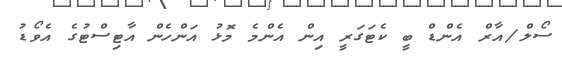
ސޯލް/އާރް އެންޑް ބީ ކެޓަގަރީ އިން އެންމެ މޮޅު އަންހެން އާޓިސްޓުގެ އެވޯޑު